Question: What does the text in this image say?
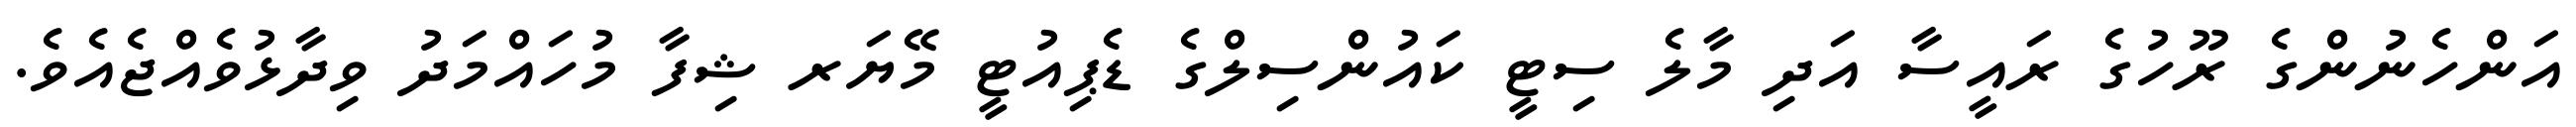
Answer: އަންހެނުންގެ ރޫހުގެ ރައީސާ އަދި މާލެ ސިޓީ ކައުންސިލްގެ ޑެޕިއުޓީ މޭޔަރ ޝިފާ މުހައްމަދު ވިދާޅުވެއްޖެއެވެ.